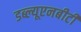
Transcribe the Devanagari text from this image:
डब्ल्यूएनबीटी